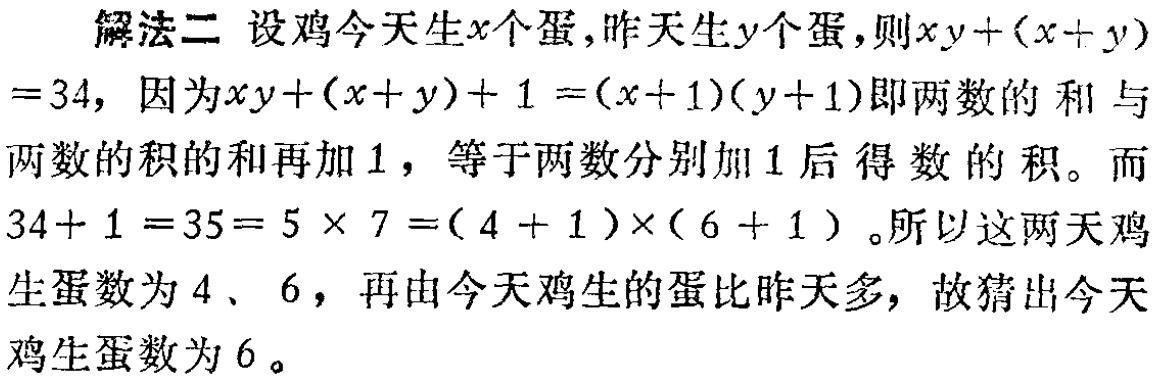
解法二 设鸡今天生\(x\)个蛋，昨天生\(y\)个蛋，则\(xy+(x + y)=34\)，因为\(xy+(x + y)+1=(x + 1)(y + 1)\)即两数的和与两数的积的和再加\(1\)，等于两数分别加\(1\)后得数的积。而\(34 + 1 =35=5\times7=(4 + 1)\times(6 + 1)\)。所以这两天鸡生蛋数为\(4\)、\(6\)，再由今天鸡生的蛋比昨天多，故猜出今天鸡生蛋数为\(6\)。